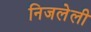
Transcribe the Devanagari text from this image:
निजलेली